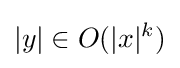
|y|\in O(|x|^{k})